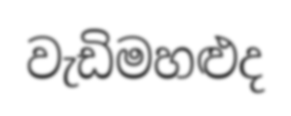
වැඩිමහළුද